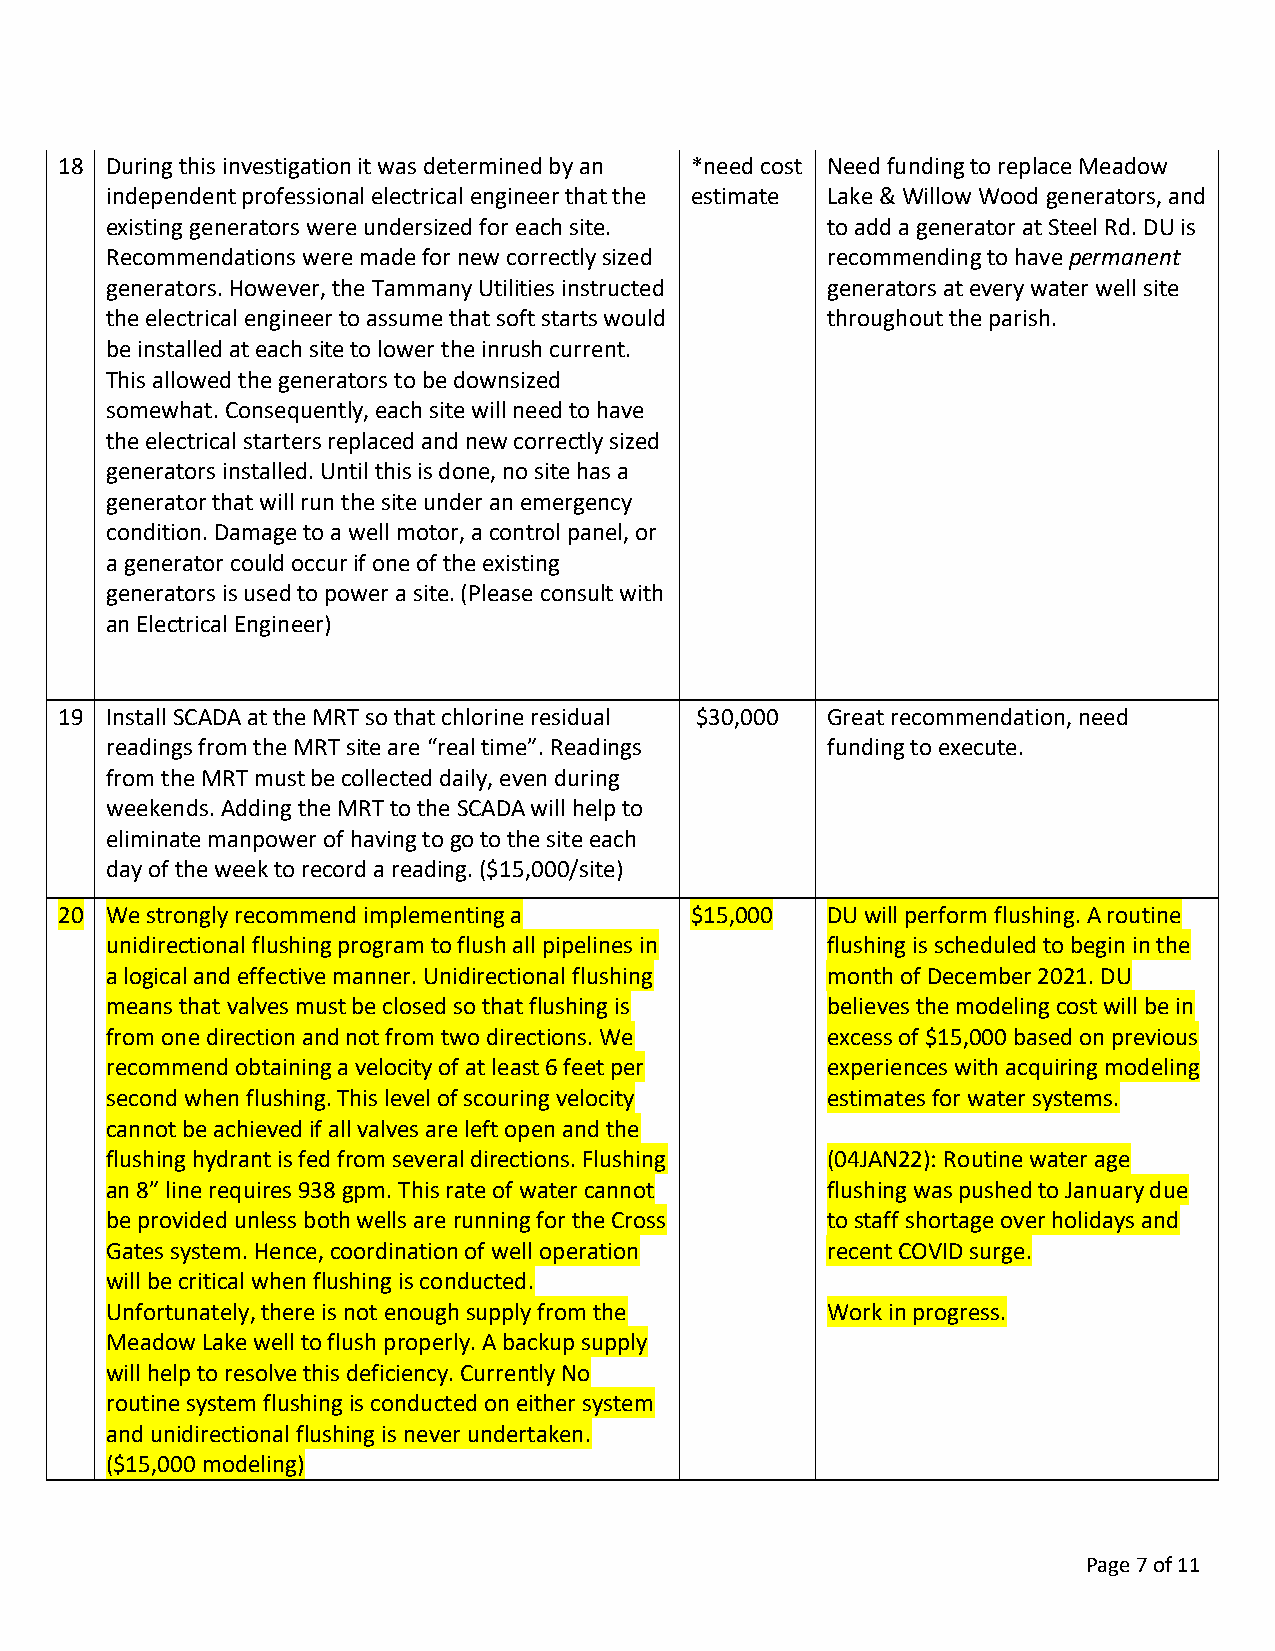
18 During this investigation it was determined by an *need cost Need funding to replace Meadow
 independent professional electrical engineer that the estimate Lake & Willow Wood generators, and
 existing generators were undersized for each site. to add a generator at Steel Rd. DU is
 Recommendations were made for new correctly sized recommending to have permanent
 generators. However, the Tammany Utilities instructed generators at every water well site
 the electrical engineer to assume that soft starts would throughout the parish.
 be installed at each site to lower the inrush current.
 This allowed the generators to be downsized
 somewhat. Consequently, each site will need to have
 the electrical starters replaced and new correctly sized
 generators installed. Until this is done, no site has a
 generator that will run the site under an emergency
 condition. Damage to a well motor, a control panel, or
 a generator could occur if one of the existing
 generators is used to power a site. (Please consult with
 an Electrical Engineer)
 19 Install SCADA at the MRT so that chlorine residual $30,000 Great recommendation, need
 readings from the MRT site are “real time”. Readings funding to execute.
 from the MRT must be collected daily, even during
 weekends. Adding the MRT to the SCADA will help to
 eliminate manpower of having to go to the site each
 day of the week to record a reading. ($15,000/site)
 20 We strongly recommend implementing a   $15,000  DU will perform flushing. A routine
 unidirectional flushing program to flush all pipelines in flushing is scheduled to begin in the
 a logical and effective manner. Unidirectional flushing month of December 2021. DU
 means that valves must be closed so that flushing is believes the modeling cost will be in
 from one direction and not from two directions. We excess of $15,000 based on previous
 recommend obtaining a velocity of at least 6 feet per experiences with acquiring modeling
 second when flushing. This level of scouring velocity estimates for water systems.
 cannot be achieved if all valves are left open and the
 flushing hydrant is fed from several directions. Flushing (04JAN22): Routine water age
 an 8” line requires 938 gpm. This rate of water cannot flushing was pushed to January due
 be provided unless both wells are running for the Cross to staff shortage over holidays and
 Gates system. Hence, coordination of well operation recent COVID surge.
 will be critical when flushing is conducted.
 Unfortunately, there is not enough supply from the Work in progress.
 Meadow Lake well to flush properly. A backup supply
 will help to resolve this deficiency. Currently No
 routine system flushing is conducted on either system
 and unidirectional flushing is never undertaken.
 ($15,000 modeling)
 Page 7 of 11